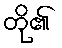
တို၏